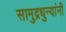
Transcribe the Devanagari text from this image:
सामुद्रधुन्यांनी